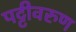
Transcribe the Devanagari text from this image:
पट्टीवरुण